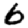
Digit: 6